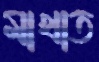
মাখাত